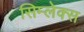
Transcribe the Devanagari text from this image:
सिम्लेक्स